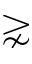
\gnsim